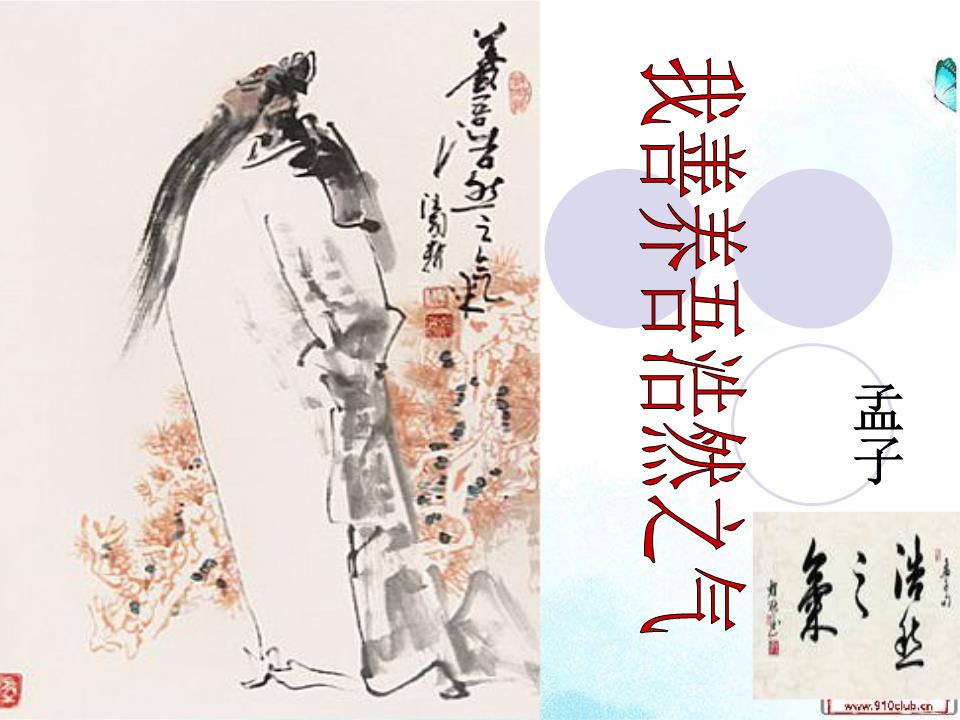
我善养吾浩然之气。